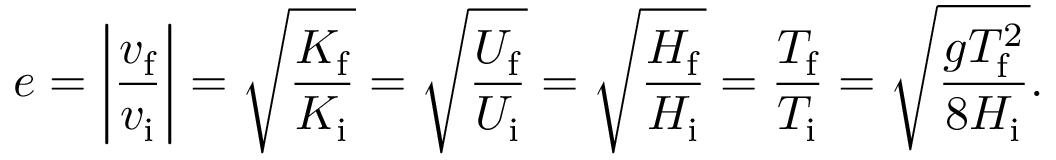
e = \left| { \frac { v _ { \mathrm { f } } } { v _ { \mathrm { i } } } } \right| = { \sqrt { \frac { K _ { \mathrm { f } } } { K _ { \mathrm { i } } } } } = { \sqrt { \frac { U _ { \mathrm { f } } } { U _ { \mathrm { i } } } } } = { \sqrt { \frac { H _ { \mathrm { f } } } { H _ { \mathrm { i } } } } } = { \frac { T _ { \mathrm { f } } } { T _ { \mathrm { i } } } } = { \sqrt { \frac { g T _ { \mathrm { f } } ^ { 2 } } { 8 H _ { \mathrm { i } } } } } .